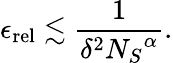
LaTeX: \epsilon_{\mathrm{rel}}\lesssim\frac{1}{\delta^{2}{N_{S}}^{\alpha}}.